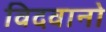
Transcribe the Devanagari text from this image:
विदवानो